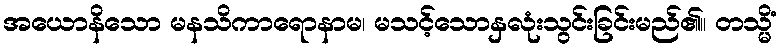
အယောနိသော မနသိကာရောနာမ၊ မသင့်သောနှလုံးသွင်းခြင်းမည်၏။ တသ္မိံ